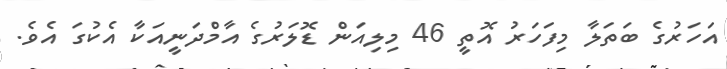
އަހަރުގެ ބަތަލާ މިފަހަރު އޮތީ 46 މިލިއަން ޑޮލަރުގެ އާމްދަނީއަކާ އެކުގަ އެވެ.